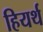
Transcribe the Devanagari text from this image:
हियर्थ